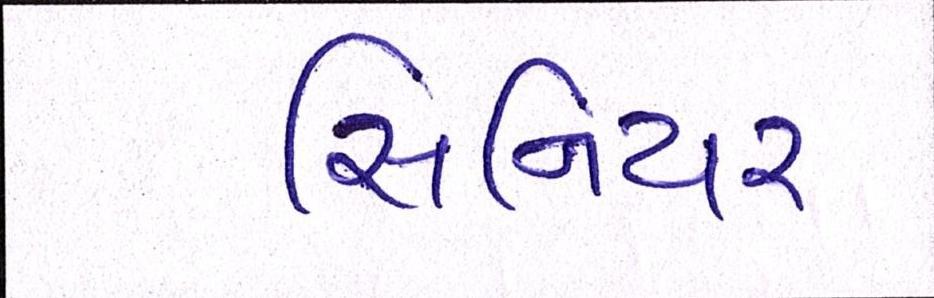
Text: સિનિયર